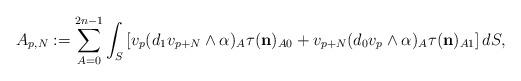
LaTeX: \begin{align*} A_{p,N}:=\sum_{A=0}^{2n-1} \int_S \left[v_p(d_1v_{p+N}\wedge\alpha)_A \tau( \mathbf{{n}})_{A0}+v_{p+N} (d_0 v_p\wedge\alpha)_A \tau( \mathbf{{n}})_{A1}\right]dS, \end{align*}